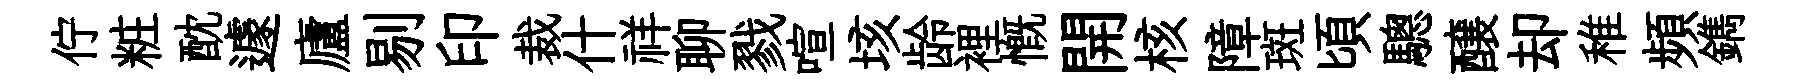
佇粧酖遽廬剔印裁什祥聊戮喧垓龄裡慨開核障斑頃驄醸却稚頻鐫